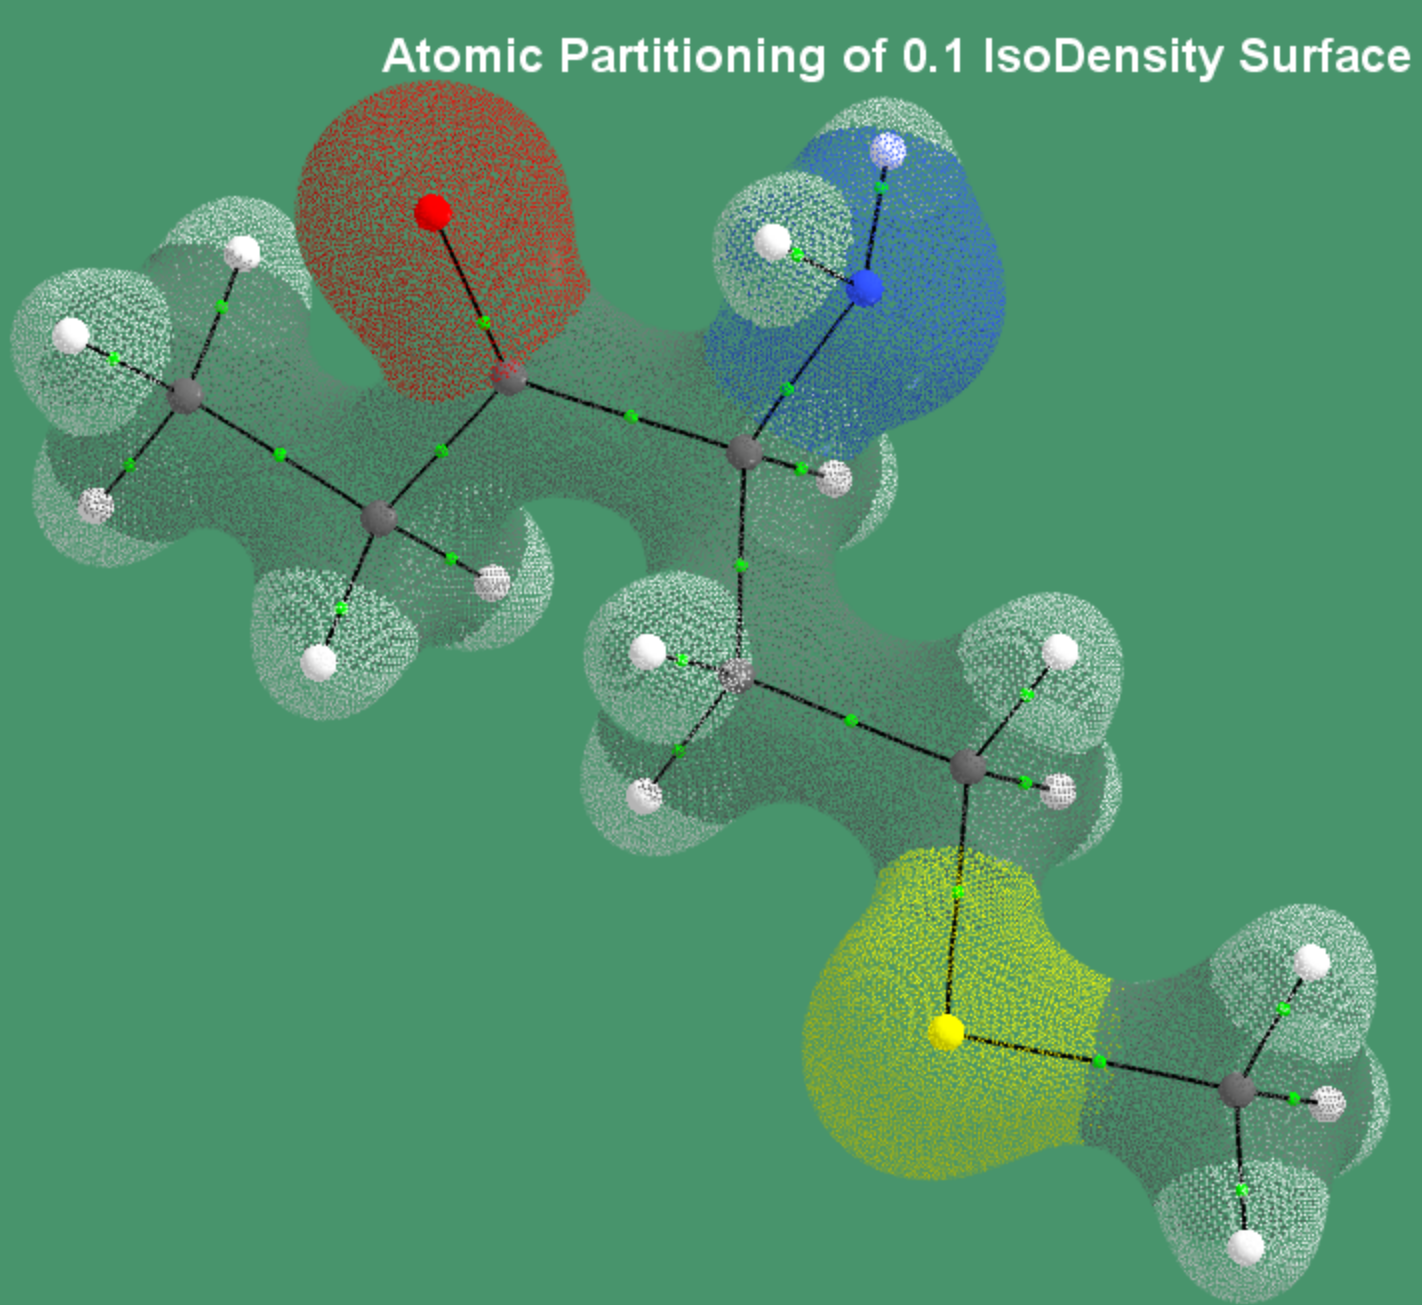
aimaii, QTAIM,iso density surface